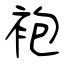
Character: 袍